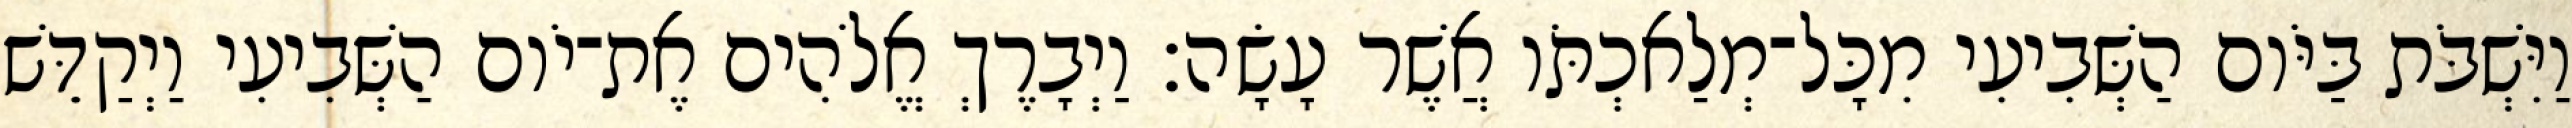
וַיִּשְׁבֹּת בַּיֹּום הַשְּׁבִיעִי מִכָּל־מְלַאכְתֹּו אֲשֶׁר עָשָׂה׃ וַיְבָרֶךְ אֱלֹהִים אֶת־יֹום הַשְּׁבִיעִי וַיְקַדֵּשׁ